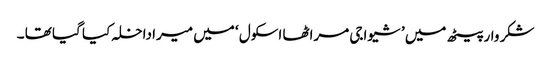
شکر وار پیٹھ میں ’ شیواجی مراٹھا اسکول ‘ میں میرا داخلہ کیا گیا تھا ۔